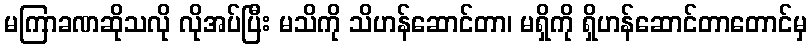
မကြာခဏဆိုသလို လိုအပ်ပြီး မသိကို သိဟန်ဆောင်တာ၊ မရှိကို ရှိဟန်ဆောင်တာတောင်မှ